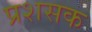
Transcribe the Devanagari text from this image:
प्रशसक